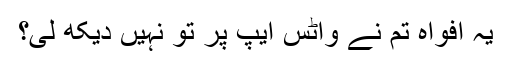
یہ افواہ تم نے واٹس ایپ پر تو نہیں دیکھ لی؟